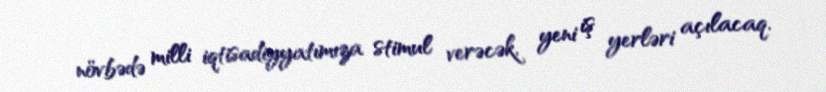
növbədə milli iqtisadiyyatımıza stimul verəcək, yeni iş yerləri açılacaq.